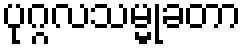
ပုဂ္ဂလသမ္မုခတာ